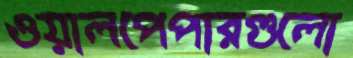
ওয়ালপেপারগুলো